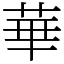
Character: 華